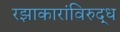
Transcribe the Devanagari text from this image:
रझाकारांविरुद्ध